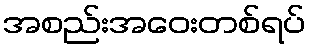
အစည်းအဝေးတစ်ရပ်